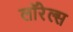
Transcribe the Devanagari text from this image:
लॉरेल्स